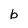
Character: b